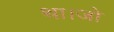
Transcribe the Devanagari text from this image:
था।जो